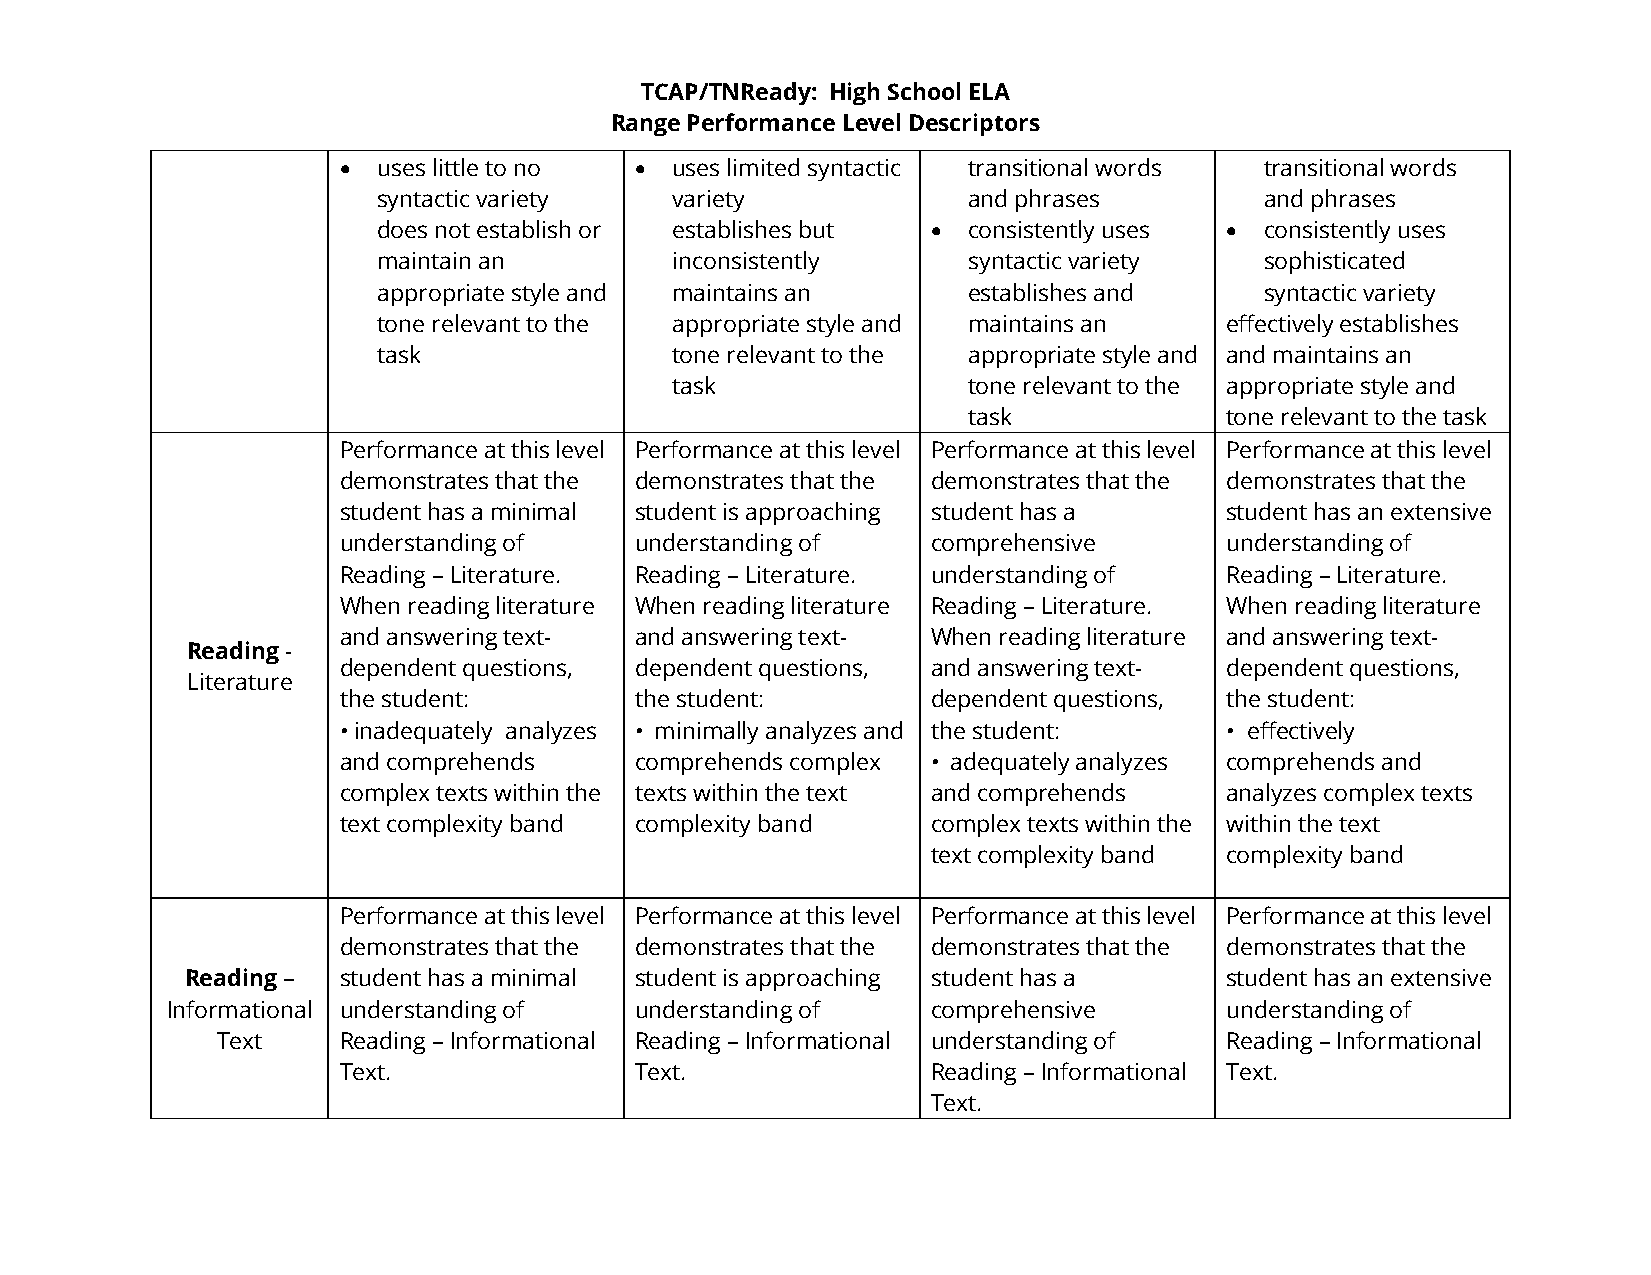
TCAP/TNReady: High School ELA
 Range Performance Level Descriptors
 •  uses little to no • uses limited syntactic transitional words transitional words
 syntactic variety  variety             and phrases         and phrases
 does not establish or establishes but • consistently uses • consistently uses
 maintain an        inconsistently      syntactic variety   sophisticated
 appropriate style and maintains an     establishes and     syntactic variety
 tone relevant to the appropriate style and maintains an effectively establishes
 task               tone relevant to the appropriate style and and maintains an
 task                tone relevant to the appropriate style and
 task             tone relevant to the task
 Performance at this level Performance at this level Performance at this level Performance at this level
 demonstrates that the demonstrates that the demonstrates that the demonstrates that the
 student has a minimal student is approaching student has a student has an extensive
 understanding of    understanding of    comprehensive      understanding of
 Reading – Literature. Reading – Literature. understanding of Reading – Literature.
 When reading literature When reading literature Reading – Literature. When reading literature
 and answering text- and answering text- When reading literature and answering text-
 Reading -
 dependent questions, dependent questions, and answering text- dependent questions,
 Literature
 the student:        the student:        dependent questions, the student:
 • inadequately analyzes • minimally analyzes and the student: • effectively
 and comprehends     comprehends complex • adequately analyzes comprehends and
 complex texts within the texts within the text and comprehends analyzes complex texts
 text complexity band complexity band    complex texts within the within the text
 text complexity band complexity band
 Performance at this level Performance at this level Performance at this level Performance at this level
 demonstrates that the demonstrates that the demonstrates that the demonstrates that the
 Reading – student has a minimal student is approaching student has a student has an extensive
 Informational understanding of understanding of    comprehensive      understanding of
 Text    Reading – Informational Reading – Informational understanding of Reading – Informational
 Text.               Text.               Reading – Informational Text.
 Text.